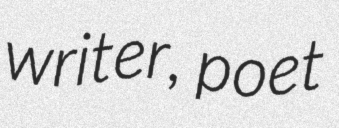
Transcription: writer, poet